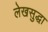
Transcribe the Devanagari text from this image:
लेखसुद्धा